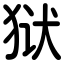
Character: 狱